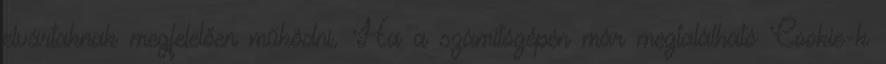
elvártaknak megfelelően működni. Ha a számítógépén már megtalálható Cookie-k